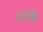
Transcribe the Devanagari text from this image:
उरइ